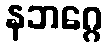
နဘဂ္ဂေ